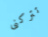
تتركنى